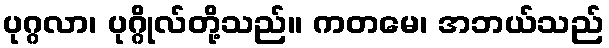
ပုဂ္ဂလာ၊ ပုဂ္ဂိုလ်တို့သည်။ ကတမေ၊ အဘယ်သည်